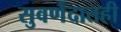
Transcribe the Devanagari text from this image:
सुवर्णदातही